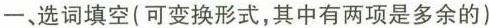
一、选词填空(可变换形式,其中有两项是多余的)